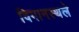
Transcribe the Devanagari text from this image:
विमानस्थले